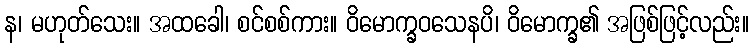
န၊ မဟုတ်သေး။ အထခေါ၊ စင်စစ်ကား။ ဝိမောက္ခဝသေနပိ၊ ဝိမောက္ခ၏ အဖြစ်ဖြင့်လည်း။